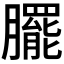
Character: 𭩓